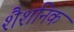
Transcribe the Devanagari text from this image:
शैशनिक